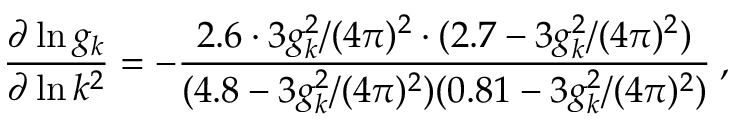
\frac { \partial \ln g _ { k } } { \partial \ln k ^ { 2 } } = - \frac { 2 . 6 \cdot 3 g _ { k } ^ { 2 } / ( 4 \pi ) ^ { 2 } \cdot ( 2 . 7 - 3 g _ { k } ^ { 2 } / ( 4 \pi ) ^ { 2 } ) } { ( 4 . 8 - 3 g _ { k } ^ { 2 } / ( 4 \pi ) ^ { 2 } ) ( 0 . 8 1 - 3 g _ { k } ^ { 2 } / ( 4 \pi ) ^ { 2 } ) } \: ,